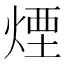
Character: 煙